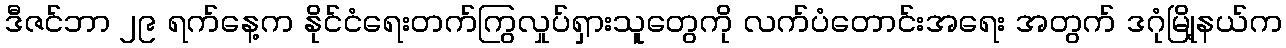
ဒီဇင်ဘာ ၂၉ ရက်နေ့က နိုင်ငံရေးတက်ကြွလှုပ်ရှားသူတွေကို လက်ပံတောင်းအရေး အတွက် ဒဂုံမြို့နယ်က